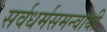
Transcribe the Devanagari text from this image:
सर्वधर्मसमन्‍वायी